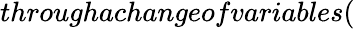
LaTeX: throughachangeofvariables(